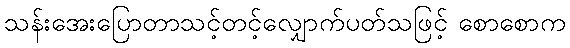
သန်းအေးပြောတာသင့်တင့်လျှောက်ပတ်သဖြင့် စောစောက